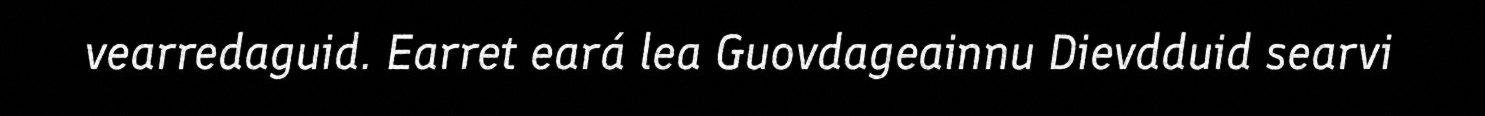
vearredaguid. Earret eará lea Guovdageainnu Dievdduid searvi